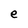
Character: e